Indian Medical Review
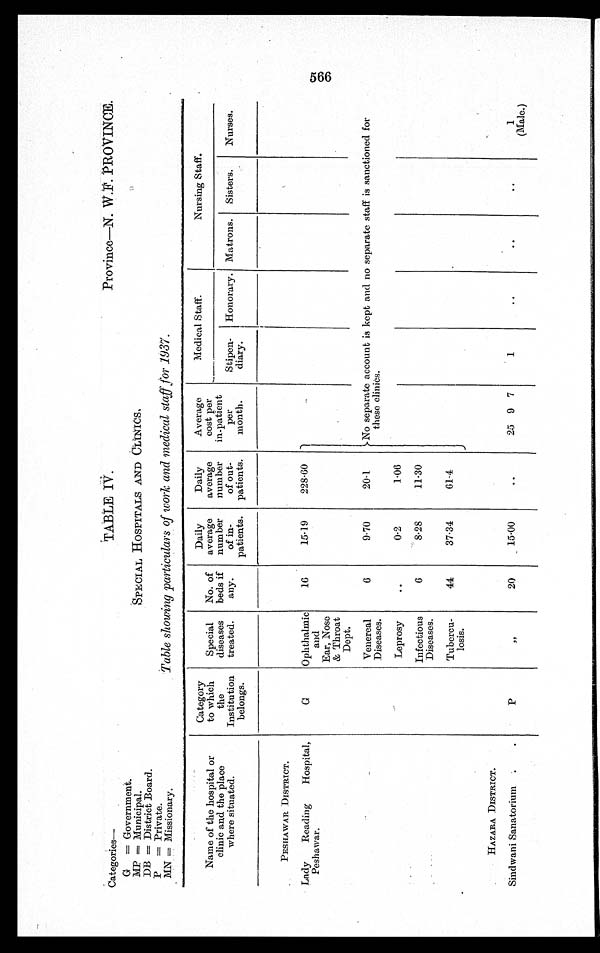
Categories—
G = Government.
MP = Municipal.
DB = District Board.
P = Private.
MN = Missionary.
TABLE TV-.
SPECIAL HOSPITALS AND CLINICS.
Table showing particulars of work and medical staff for 1937.
Province—N. W.F. PROVINCE.
Name of the hospital or
clinic and the place
where situated.
PESHAWAR . DISTRICT.
Category to which the
Institution belongs.
Special
diseases treated.
No. of
beds if
any.
Daily
average
number of in-
patients.
Daily
average
number of out-
patients.
Average cost per
in-patient per
month.
Medical Staff.
Nursing Staff.
Stipen- diary. Honorary. Matrons. Sisters. Nurses.
Lady Reading Hospital,
Peshawar.
G
Ophthalmic and
16 15.19 228-60 )
Ear, Nose
& Throat
Dept.
Venereal
Diseases.
6
9.70 20. 1. No separate
these clinics. account is kept and no separate staff is sanctioned for
Leprosy
0.2
1 0 6
Infectious Diseases.
6
8.28 11.30
.
Tubercu- losis.
44 37.34 61.4
HAZARA DISTRICT.
Sindwani Sanatorium
P
20 _ 15.00
25 9 7
1
(Male.)